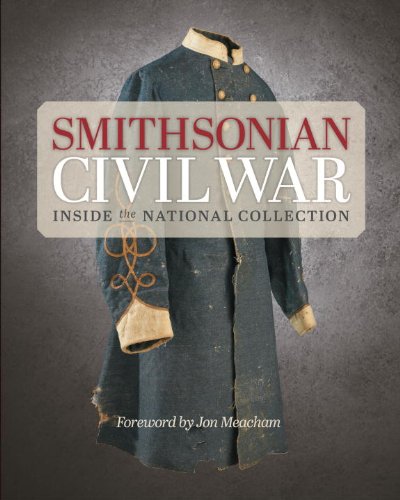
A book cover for Smithsonian Civil War: Inside the National Collection; Smithsonian Institution; Crafts, Hobbies & Home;